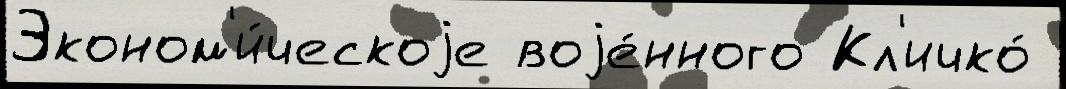
Эконом'и́ческоjе воjе́нного Кл'ичко́